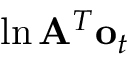
\ln \mathbf { A } ^ { T } \mathbf { o } _ { t }